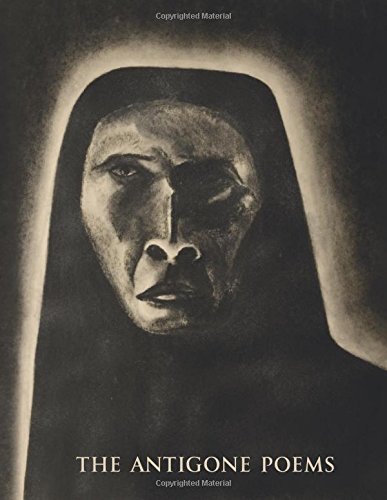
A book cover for The Antigone Poems; Marie Slaight; Literature & Fiction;